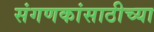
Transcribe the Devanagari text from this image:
संगणकांसाठीच्या